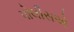
પોલીસએ